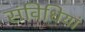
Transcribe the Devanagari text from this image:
संविधियां